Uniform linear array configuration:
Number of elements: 64
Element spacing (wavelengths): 0.5
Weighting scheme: cosine
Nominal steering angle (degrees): -60
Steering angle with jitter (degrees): -61.706
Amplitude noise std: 0.05
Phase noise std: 0.05

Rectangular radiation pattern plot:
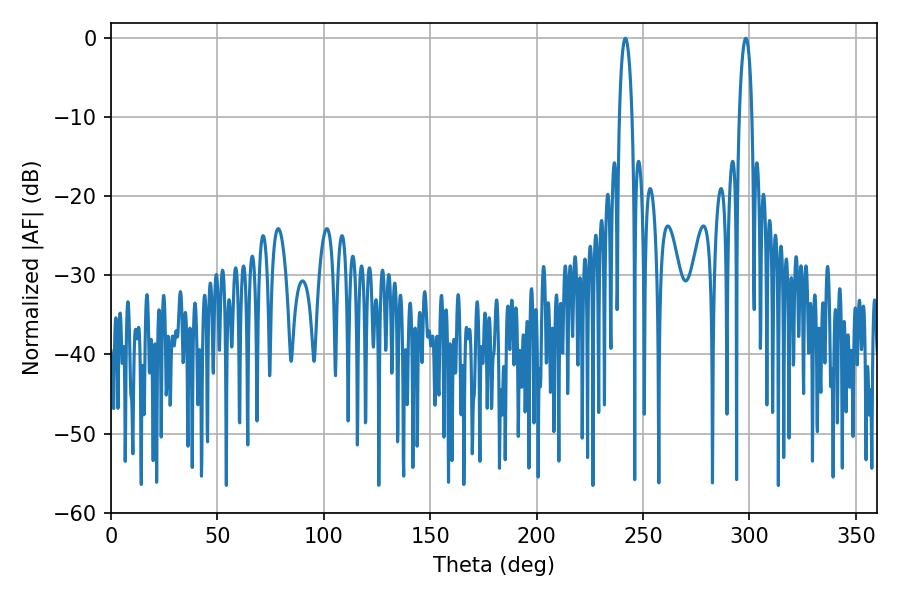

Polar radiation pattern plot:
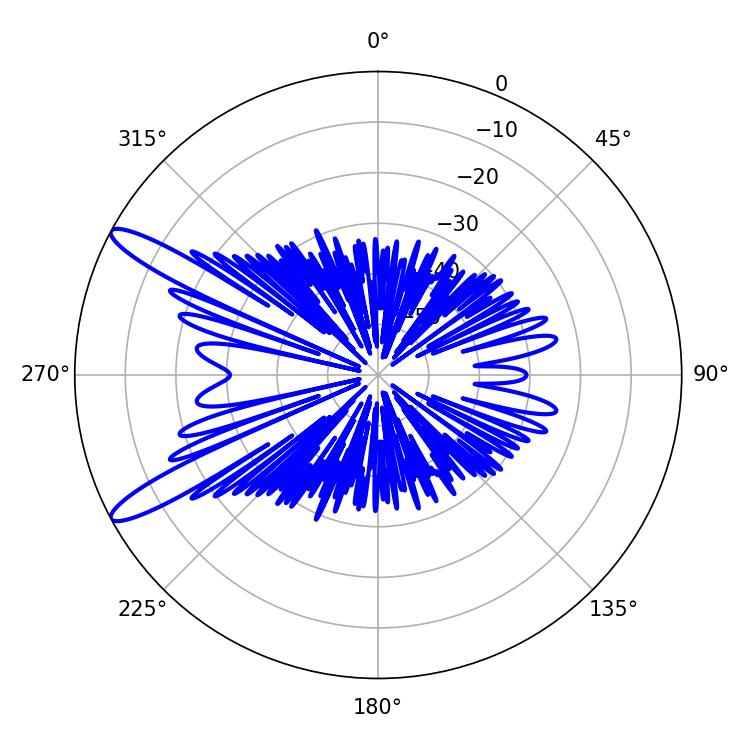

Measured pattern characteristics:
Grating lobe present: FALSE
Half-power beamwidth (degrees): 3.24
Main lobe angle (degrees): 298.26